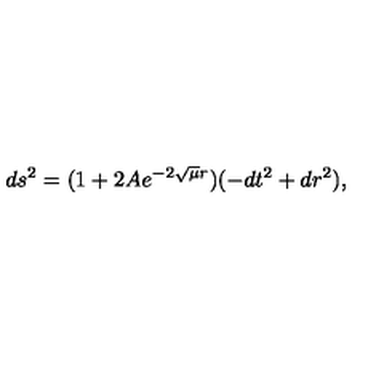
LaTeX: d s ^ { 2 } = ( 1 + 2 A e ^ { - 2 \sqrt { \mu } r } ) ( - d t ^ { 2 } + d r ^ { 2 } ) ,